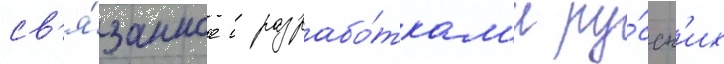
св'я́занное с разрабо́ткам'и ру́сск'их